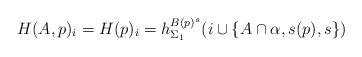
LaTeX: \begin{align*}H(A,p)_i =H(p)_i = h^{B(p)^s}_{\Sigma_1}(i \cup \{ A\cap \alpha, s(p), s\})\end{align*}